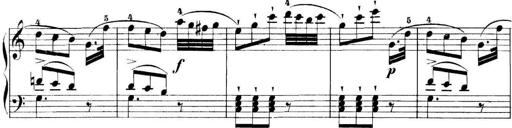
Title: 11 Sonatinas
Composer: Anton Diabelli